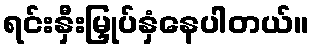
ရင်းနှီးမြှုပ်နှံနေပါတယ်။